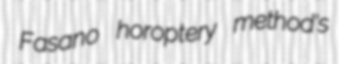
Fasano horoptery method's